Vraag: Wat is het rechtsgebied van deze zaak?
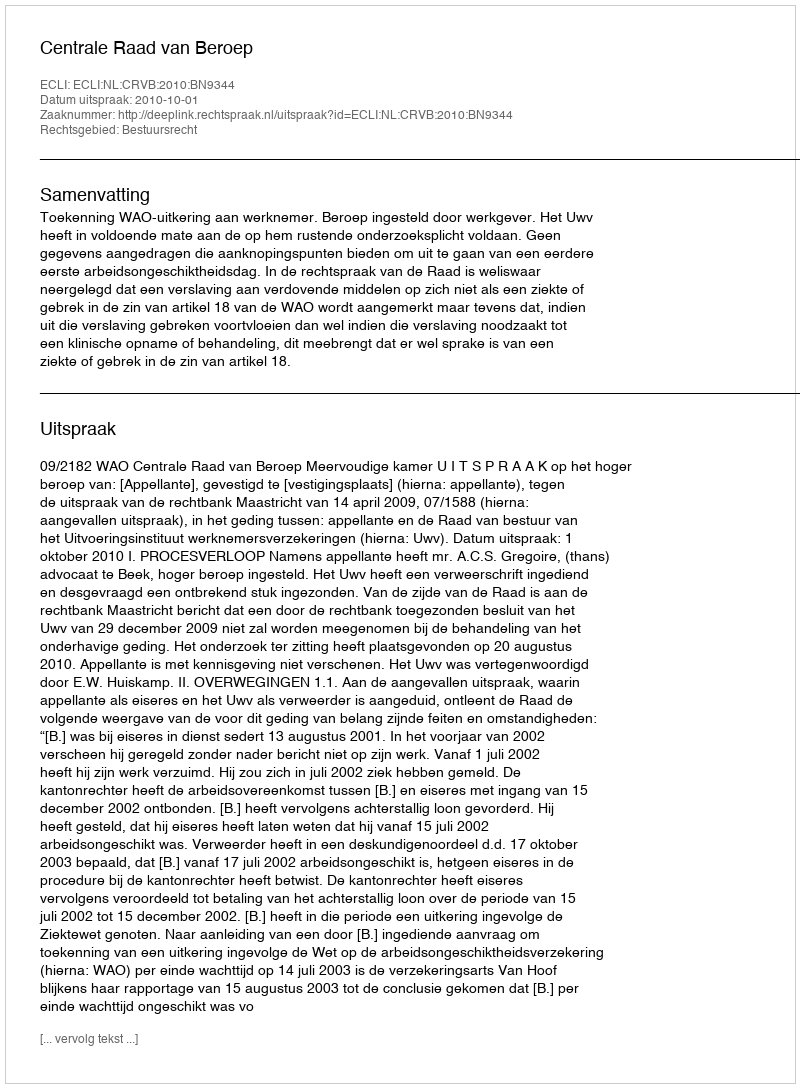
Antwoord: Bestuursrecht